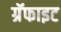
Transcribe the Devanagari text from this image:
ग्रॅफाइट